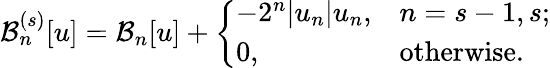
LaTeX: \mathcal{B}_{n}^{(s)}[u]=\mathcal{B}_{n}[u]+\left\{ \begin{array}{ll}{-2^{n}|u_{n}|u_{n},}&{n=s-1,s;}\\ {0,}&{\textrm{otherwise}.}\end{array}\right.